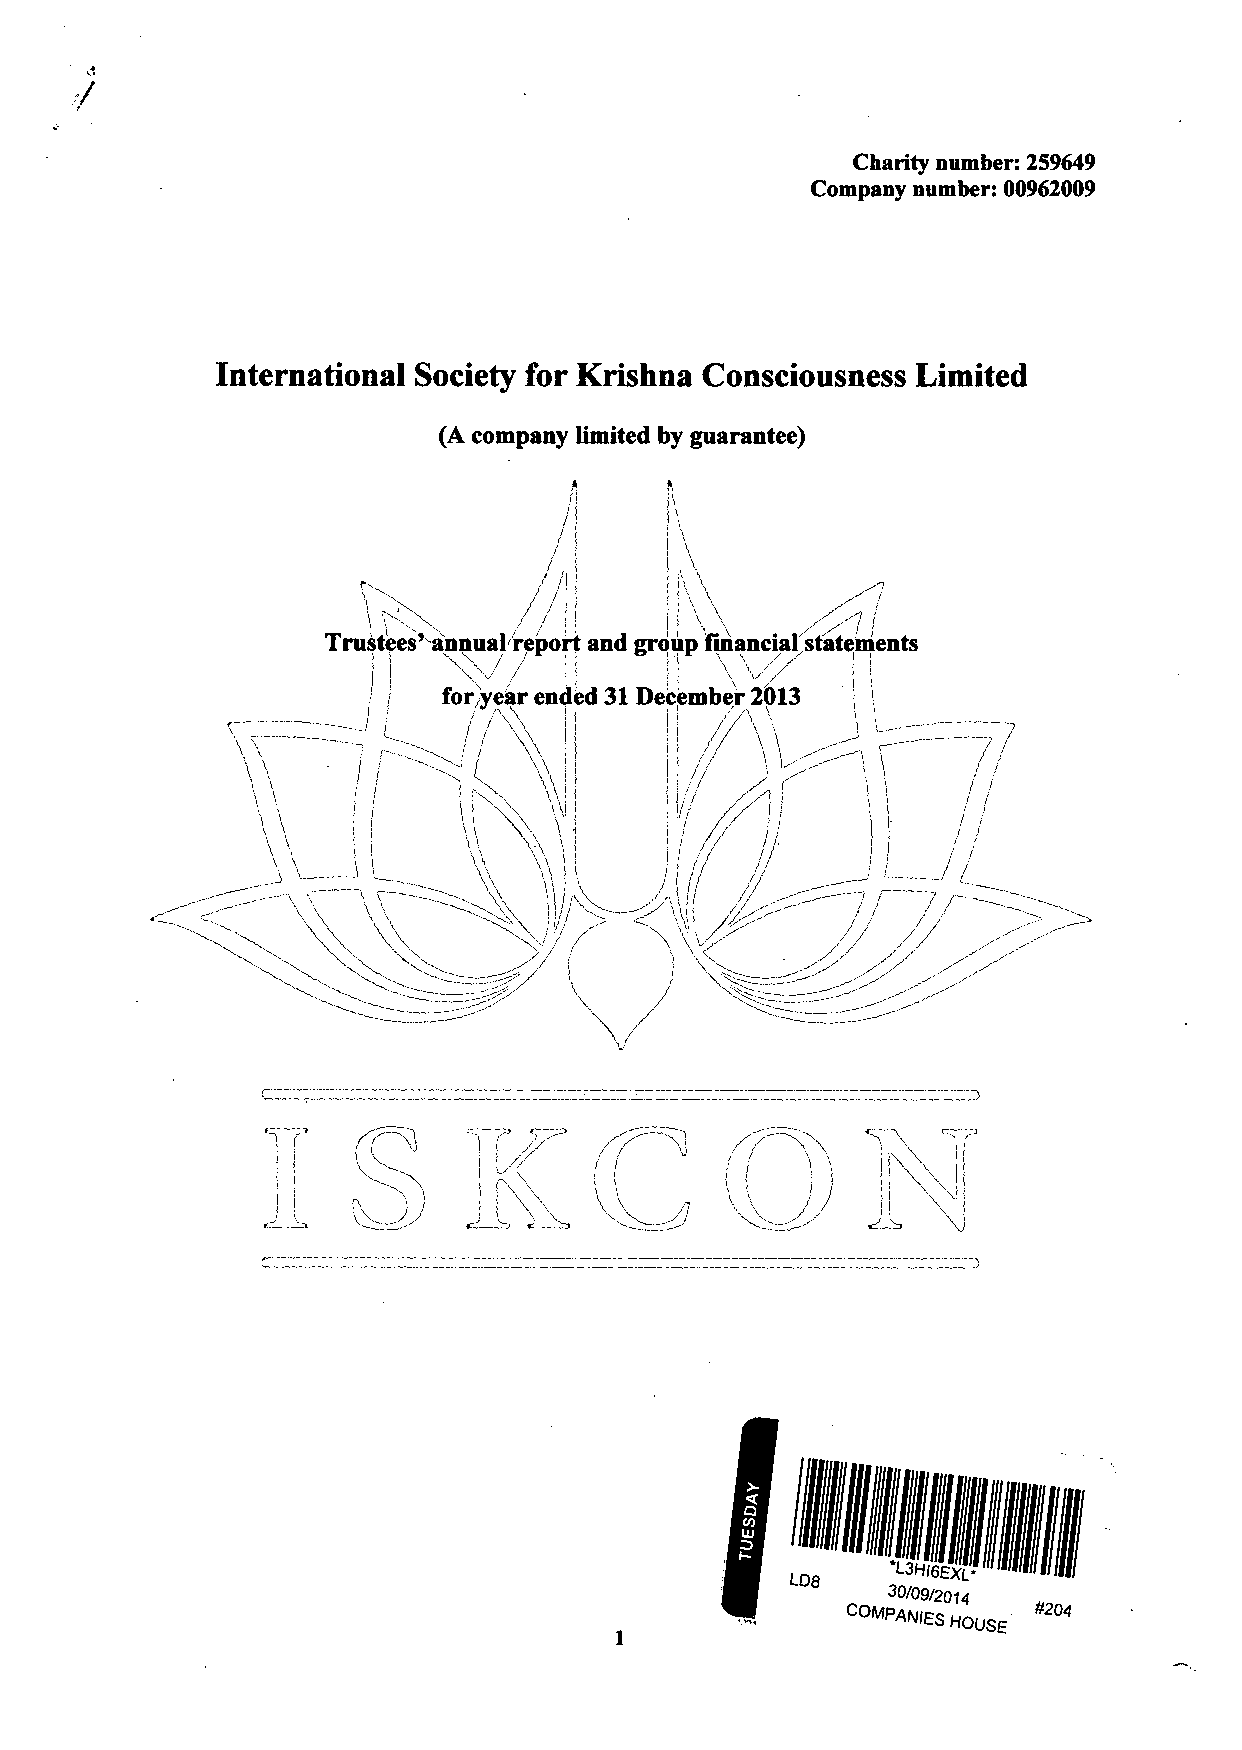
O
 LLI
 ~;
 i I~